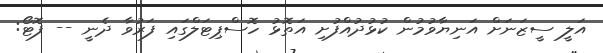
އަލީ ސީޒަނަށް އަނިޔާވުމުން ކުޅުދުއްފުށި އަތޮޅު ހޮސްޕިޓަލްގައި ފަރުވާ ދެނީ -- ފޮޓޯ: